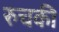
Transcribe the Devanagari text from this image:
रुचकी